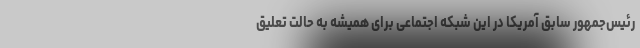
رئیس‌جمهور سابق آمریکا در این شبکه اجتماعی برای همیشه به حالت تعلیق